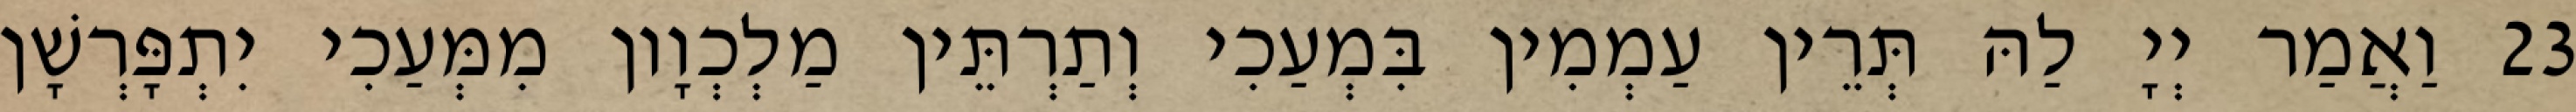
23 וַאֲמַר יְיָ לַהּ תְּרֵין עַמְמִין בִּמְעַכִי וְתַרְתֵּין מַלְכְוָון מִמְּעַכִי יִתְפָּרְשָׁן